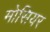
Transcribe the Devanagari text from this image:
मोसियर